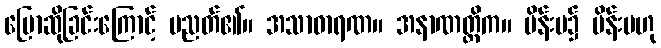
ပြောဆိုခြင်းကြောင့် ပညတ်၏။ အသာဓာရဏ။ အနာဏတ္တိက။ မိန်းမ၌ မိန်းမဟု